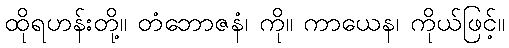
ထိုရဟန်းတို့။ တံဘောဇနံ၊ ကို။ ကာယေန၊ ကိုယ်ဖြင့်။